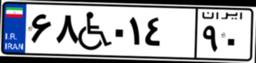
۶۸W۰۱۴۹۰